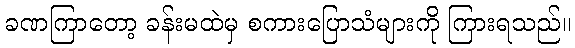
ခဏကြာတော့ ခန်းမထဲမှ စကားပြောသံများကို ကြားရသည်။